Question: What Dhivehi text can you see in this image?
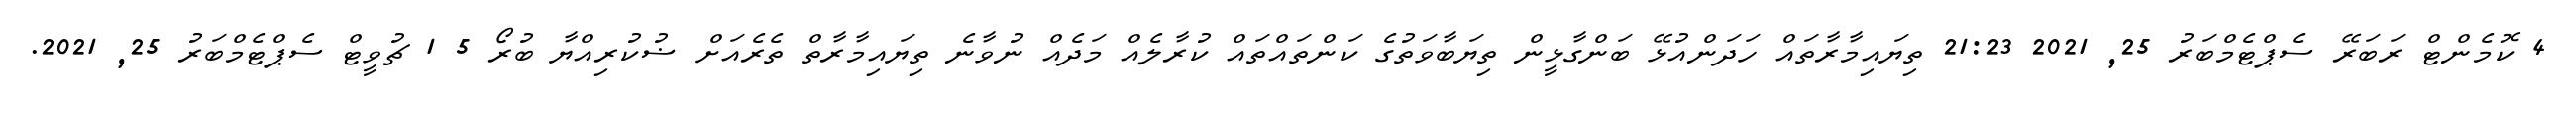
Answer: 4 ކޮމެންޓް ރަބަރޭ ސެޕްޓެމްބަރު 25, 2021 21:23 ތިޔައިމާރާތައް ހަދަންއުޅޭ ބަންގާޅީން ތިޔަބާވަތުގެ ކަންތައްތައް ކުރާލެއް މަދެއް ނުވާނެ ތިޔައިމާރާތް ތެރެއަށް ޟުކުރިއްޔާ ބުރޯ 5 1 ޗުވީޓް ސެޕްޓެމްބަރު 25, 2021.